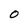
Character: 0